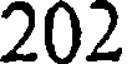
202